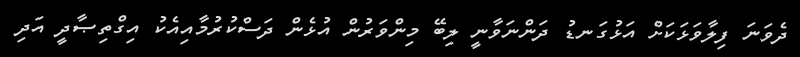
ދެވަނަ ފިލާވަޅަކަށް އަޅުގަނޑު ދަންނަވާނީ ލިބޭ މިންވަރުން އުޅެން ދަސްކުރުމާއިއެކު އިގްތިޞާދީ އަދި